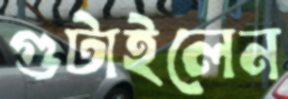
গুটাইলেন